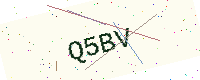
Text: Q5BV